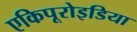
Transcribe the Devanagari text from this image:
एकिपूरोइडिया